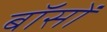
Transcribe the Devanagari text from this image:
बॉसों